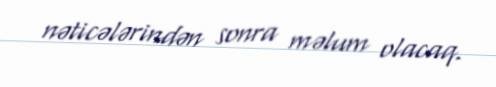
nəticələrindən sonra məlum olacaq.